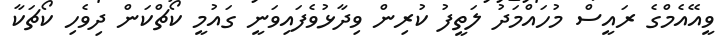
ވީއޭއެމްގެ ރައީސް މުހައްމަދު ލަތީފު ކުރިން ވިދާޅުވެފައިވަނީ ގައުމީ ކޯޗްކަން ދިވެހި ކޯޗަކާ